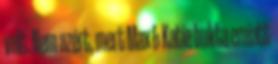
volt. Nem azért, mert Max & Katie bukta emiatt